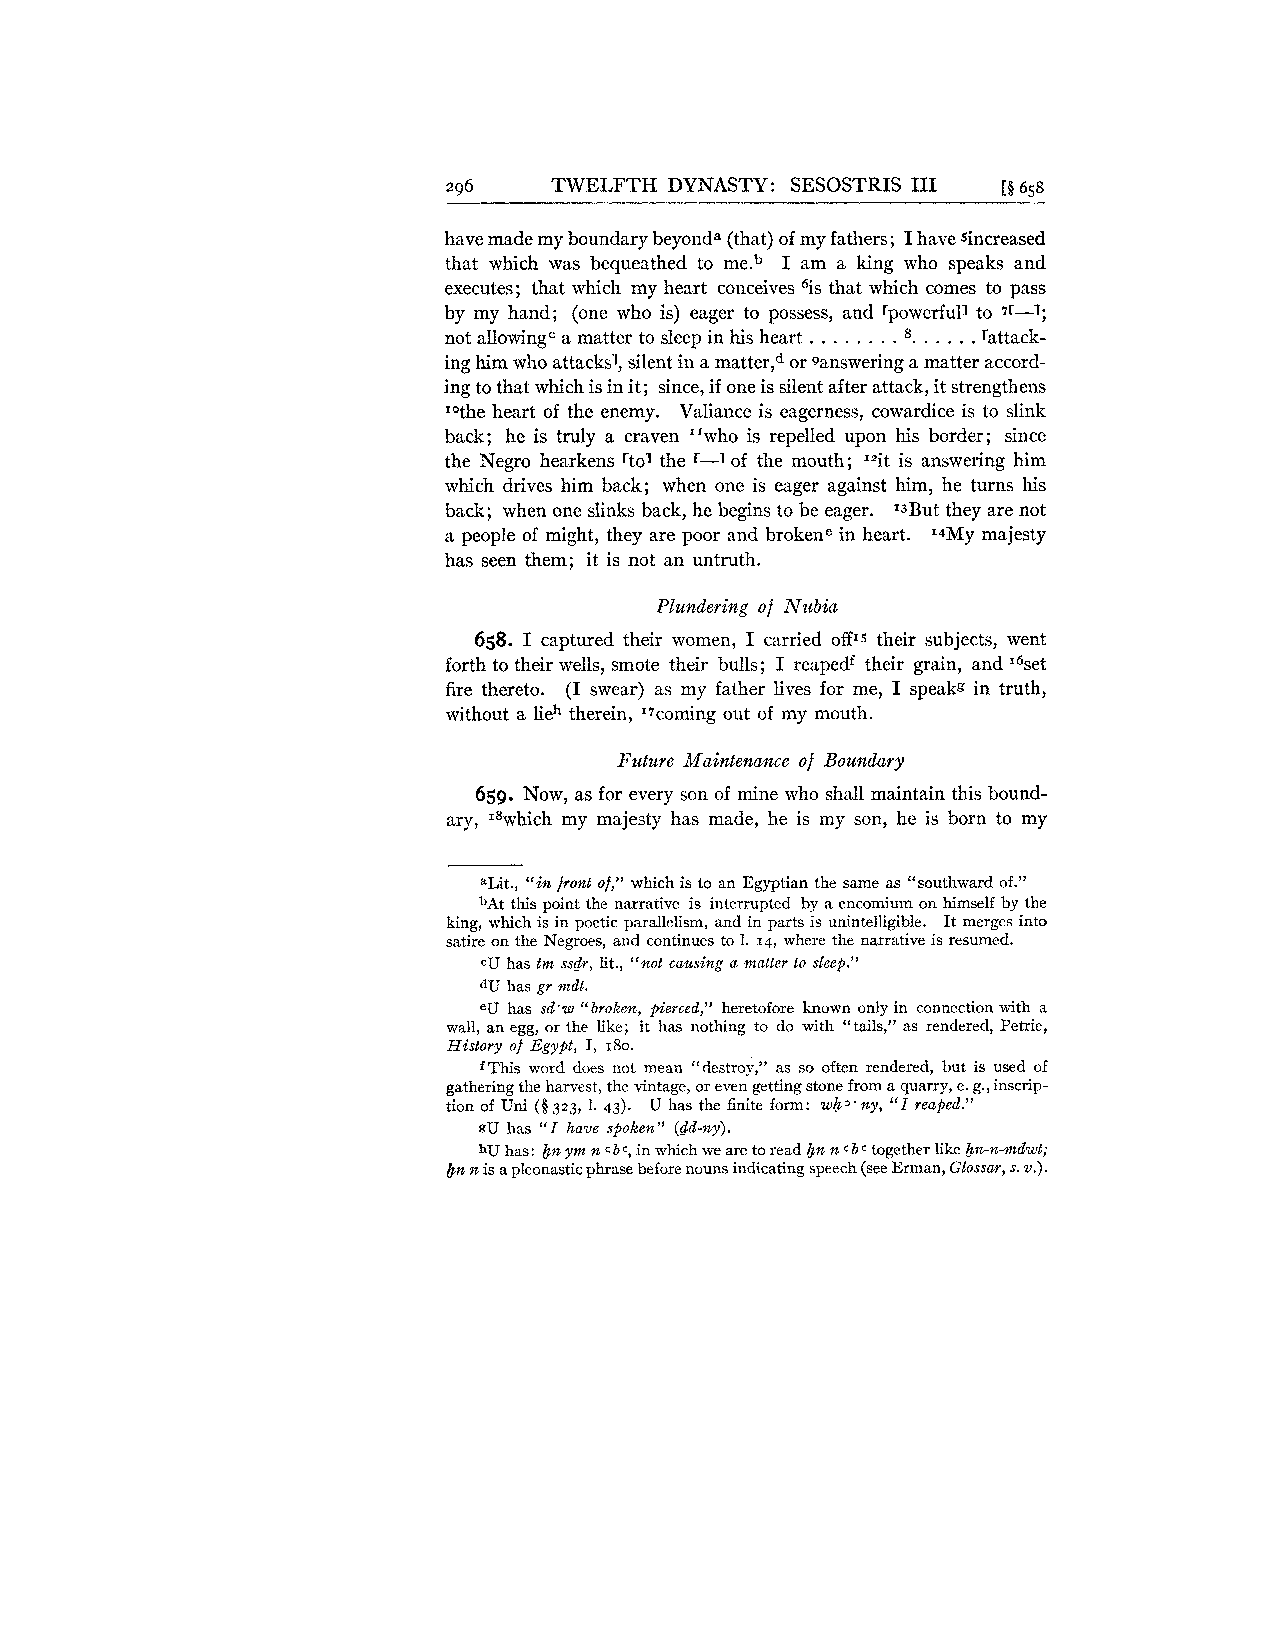
296    TWELFTH DYNASTY: SESOSTRIS I11 [B 658
 have made my boundary beyond" (that) of my fathers; I have sincreased
 that which was bequeathed to me.b I am a king who speaks and
 executes; that which my heart conceives 6is that which comes to pass
 by my hand; (one who is) eager to possess, and rpowerfull to 7r-1;
 not allowingCa matter to sleep in his heart . . . . . . . . s. . . . . . rattack-
 ing him who attacksl, silent in a matter,d or sanswering a matter accord-
 ing to that which is in it; since, if one is silent after attack, it strengthens
 lothe heart of the enemy. Valiance is eagerness, cowardice is to slink
 back; he is truly a craven "who is repelled upon his border; since
 the Negro hearkens rtol the r-1 of the mouth; 12it is answering him
 which drives him back; when one is eager against him, he turns his
 back; when one slinks back, he begins to be eager. T3But they are not
 a people of might, they are poor and brokene in heart. I4My majesty
 has seen them; it is not an untruth.
 Plundering of Nubia
 658. I captured their women, I carried off15 their subjects, went
 forth to their wells, smote their bulls; I reapedf their grain, and set
 fire thereto. (I swear) as my father lives for me, I speakg in truth,
 without a lieh therein, '".corning out of my mouth.
 Future Maintenance of Boundary
 659. Now, as for every son of mine who shall maintain this bound-
 ary, 18which my majesty has made, he is my son, he is born to my
 aLit., "in front of," which is to an Egyptian the same as "southward of."
 bAt this point the narrative is interrupted by a encomium on himself by the
 king, which is in poetic parallelism, and in parts is unintelligible. It merges into
 satire on the Negroes, and continues to 1. 14, where the narrative is resumed.
 cU has tm ssdr, lit., "not causing a matter to sleep."
 dU has gr mdt.
 eU has sd.w "broken, pierced," heretofore known only in connection with a
 wall, an egg, or the like; it has nothing to do with "tails," as rendered, Petrie,
 History of Egypt, I, 180.
 fThis word does not mean "destrop," as so often rendered, but is used of
 gathering the harvest, the vintage, or even getting stone from a quarry, e. g., inscrip-
 tion of Uni (8 323, 1. 43). U has the finite form: wh,.ny, "I reaped."
 gU has "I have spoken" (dd-ny).
 hU has: &ny m n c bc, in which we are to read &nn c b c together like &n-n-mdwt;
 bn n is a pleonastic phrase before nouns indicating speech (see Erman, Glossar, s. v.).